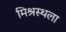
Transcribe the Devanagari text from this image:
मिश्रस्थला